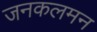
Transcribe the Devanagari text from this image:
जनकलमन